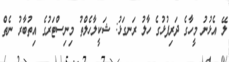
ލޭ އެޅުނު މީހާގެ ދަރިފުޅުގެ ހާލު ރަނގަޅު: ޝަކީލާހެލްތު މިނިސްޓަރުގެ އިތުބާރު ނެތް